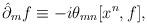
LaTeX: \begin{align*}\hat\partial_m f \equiv - i \theta_{mn} [x^n, f],\end{align*}